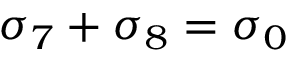
\sigma _ { 7 } + \sigma _ { 8 } = \sigma _ { 0 }